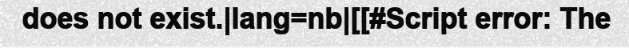
does not exist.|lang=nb|[[#Script error: The